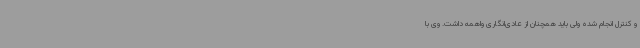
و کنترل انجام شده ولی باید همچنان از عادی‌انگاری واهمه داشت. وی با